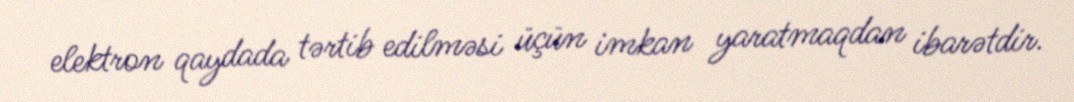
elektron qaydada tərtib edilməsi üçün imkan yaratmaqdan ibarətdir.